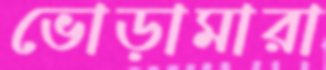
ভোড়ামারা